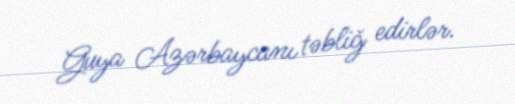
Guya Azərbaycanı təbliğ edirlər.